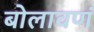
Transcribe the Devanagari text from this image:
बोलावणं